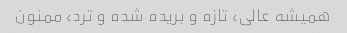
همیشه عالی، تازه و بریده شده و ترد، ممنون